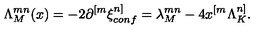
\Lambda _ { M } ^ { m n } ( x ) = - 2 \partial ^ { [ m } \xi _ { c o n f } ^ { n ] } = \lambda _ { M } ^ { m n } - 4 x ^ { [ m } \Lambda _ { K } ^ { n ] } .